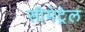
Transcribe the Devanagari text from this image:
सीमेट्रेल